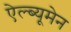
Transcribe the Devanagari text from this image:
ऐल्ब्यूमेन